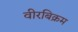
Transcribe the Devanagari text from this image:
वीरबिक्रम